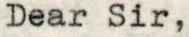
Dear Sir,